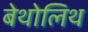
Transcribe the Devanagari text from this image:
बेथोलिथ